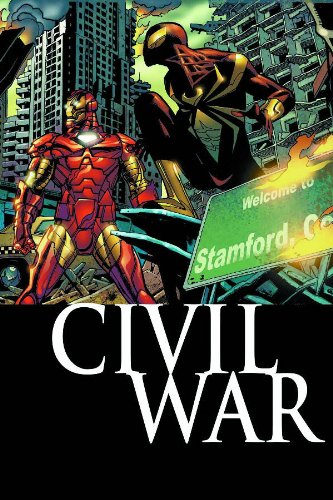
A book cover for The Amazing Spider-Man: Civil War; J. Michael Straczynski; Children's Books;